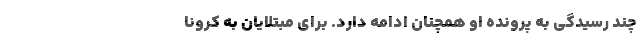
چند رسیدگی به پرونده او همچنان ادامه دارد. برای مبتلایان به کرونا